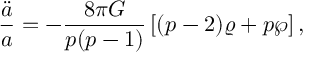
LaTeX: { \frac { \ddot { a } } { a } } = - { \frac { 8 \pi G } { p ( p - 1 ) } } \left[ ( p - 2 ) \varrho + p \wp \right] ,